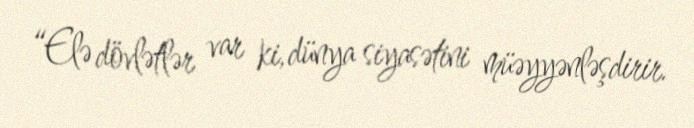
“Elə dövlətlər var ki, dünya siyasətini müəyyənləşdirir.